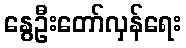
နွေဦးတော်လှန်ရေး